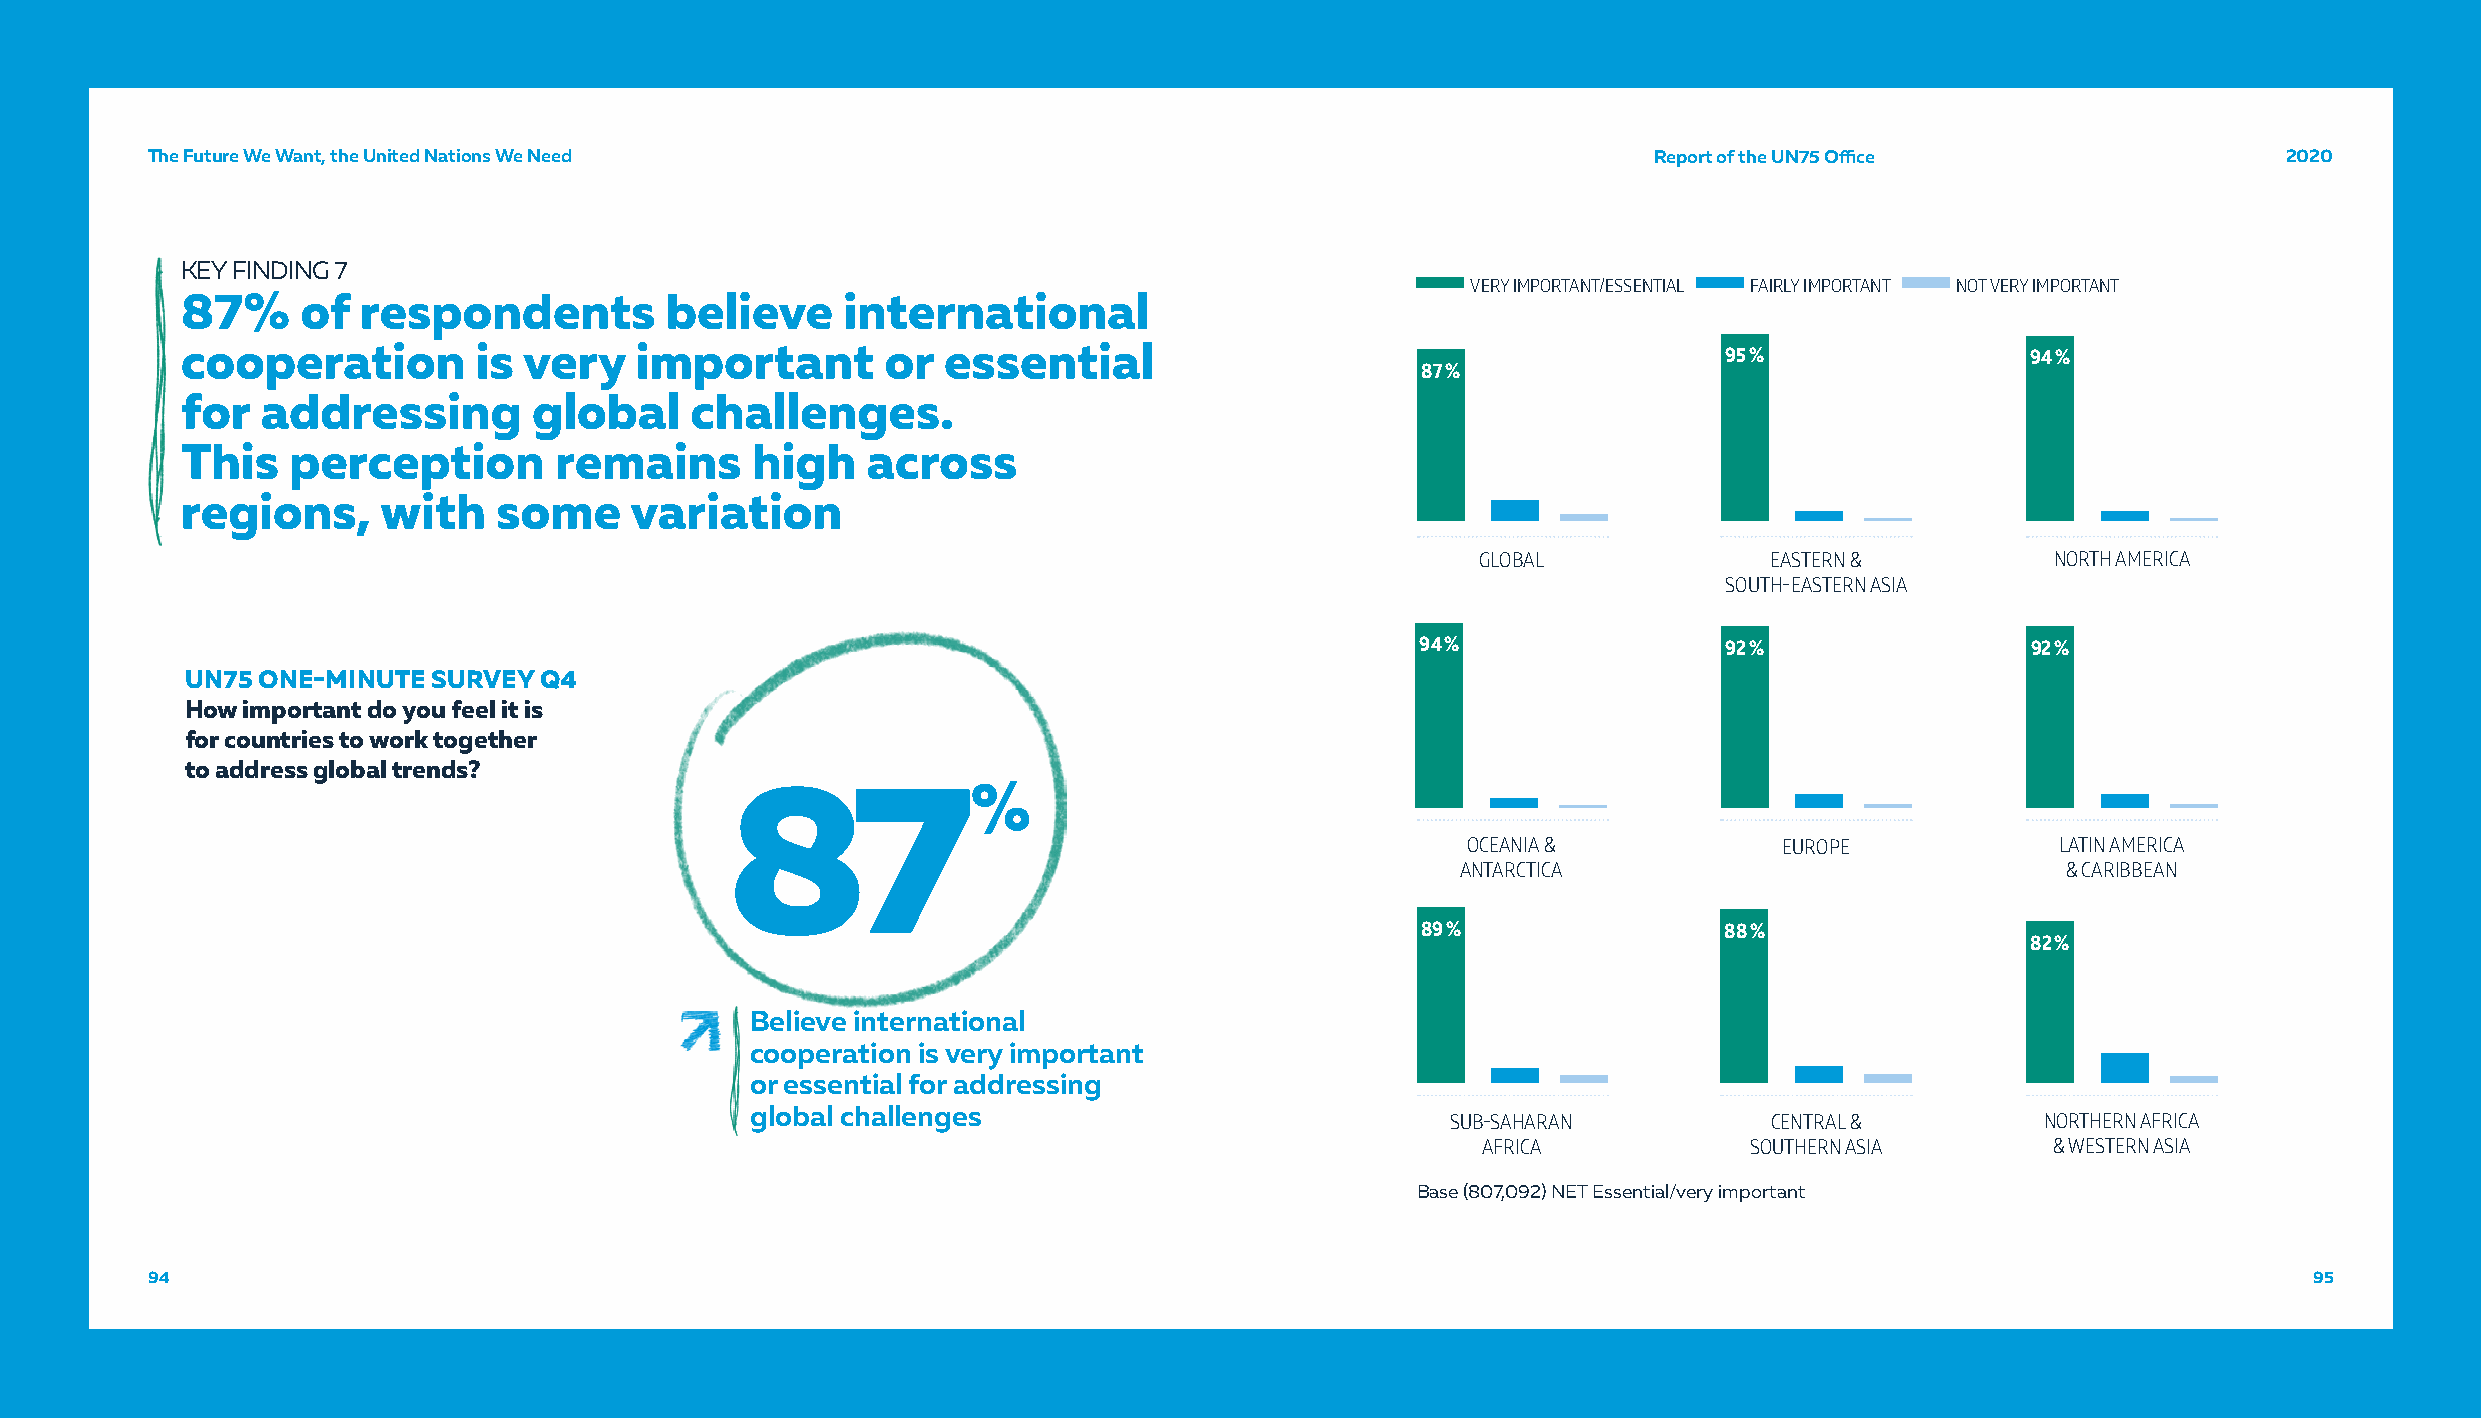
TThhee FFuuttuurree WWee WWaanntt,, tthhee UUnniitteedd NNaattiioonnss WWee NNeeeedd               RReeppoorrtt ooff tthhee UUNN7755 OOffifficcee 22002200
 KEY FINDING 7
 VERY IMPORTANT/ESSENTIAL FAIRLY IMPORTANT NOT VERY IMPORTANT
 87%     of  respondents         believe     international
 cooperation        is  very   important        or essential                                           95 %                94 %
 87 %
 for  addressing        global     challenges.
 This   perception        remains      high   across
 regions,     with    some     variation
 GLOBAL             EASTERN &          NORTH AMERICA
 SOUTH-EASTERN ASIA
 94 %                92 %                92 %
 UN75 ONE-MINUTE  SURVEY Q4
 How important do you feel it is
 for countries to work together
 to address global trends?
 87%
 OCEANIA &            EUROPE            LATIN AMERICA
 ANTARCTICA                              & CARIBBEAN
 89 %                88 %
 82 %
 Believe international
 cooperation is very important
 or essential for addressing
 global challenges
 SUB-SAHARAN          CENTRAL &         NORTHERN AFRICA
 AFRICA            SOUTHERN ASIA       & WESTERN ASIA
 Base (807,092) NET Essential/very important
 9944                                                                                                                                           9955